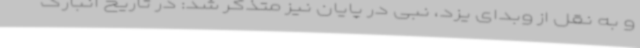
و به نقل از وبدای یزد، نبی در پایان نیز متذکر شد: در تاریخ انبارگ